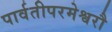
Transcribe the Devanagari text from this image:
पार्वतीपरमेश्वरौ